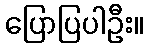
ပြောပြပါဦး။